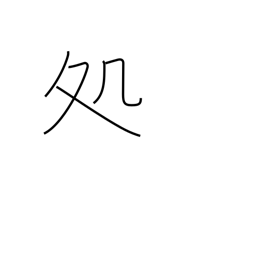
Meaning: sentence